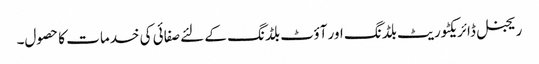
ریجنل ڈائریکٹوریٹ بلڈنگ اور آؤٹ بلڈنگ کے لئے صفائی کی خدمات کا حصول۔